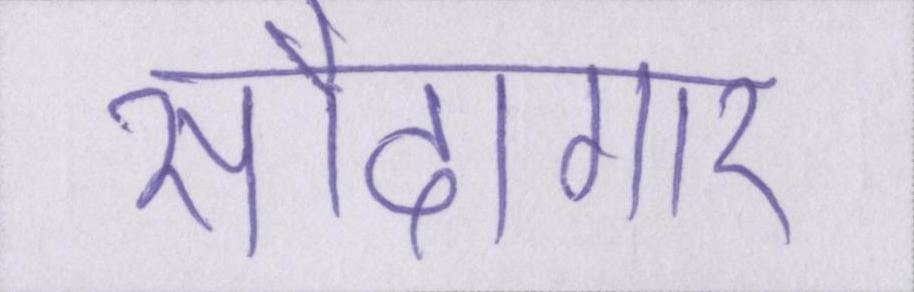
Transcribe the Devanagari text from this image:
सौदागार